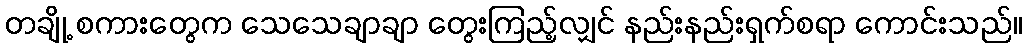
တချို့ စကားတွေက သေသေချာချာ တွေးကြည့်လျှင် နည်းနည်းရှက်စရာ ကောင်းသည်။